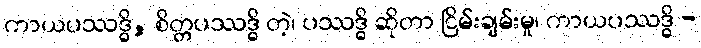
ကာယပဿဒ္ဓိ, စိတ္တပဿဒ္ဓိ တဲ့၊ ပဿဒ္ဓိ ဆိုတာ ငြိမ်းချမ်းမှု၊ ကာယပဿဒ္ဓိ -